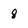
Character: 8